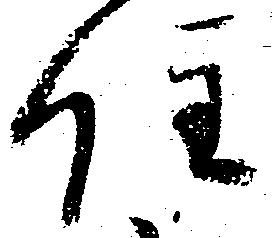
住